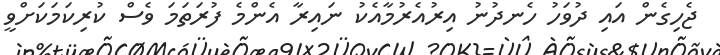
ޖެހިގެން އައި ދުވަހު ހެނދުނު އިރުއެރުމާއެކު ނައިރާ އެންމެ ފުރަތަމަ ވެސް ކުރިކަމަކަށްވީ